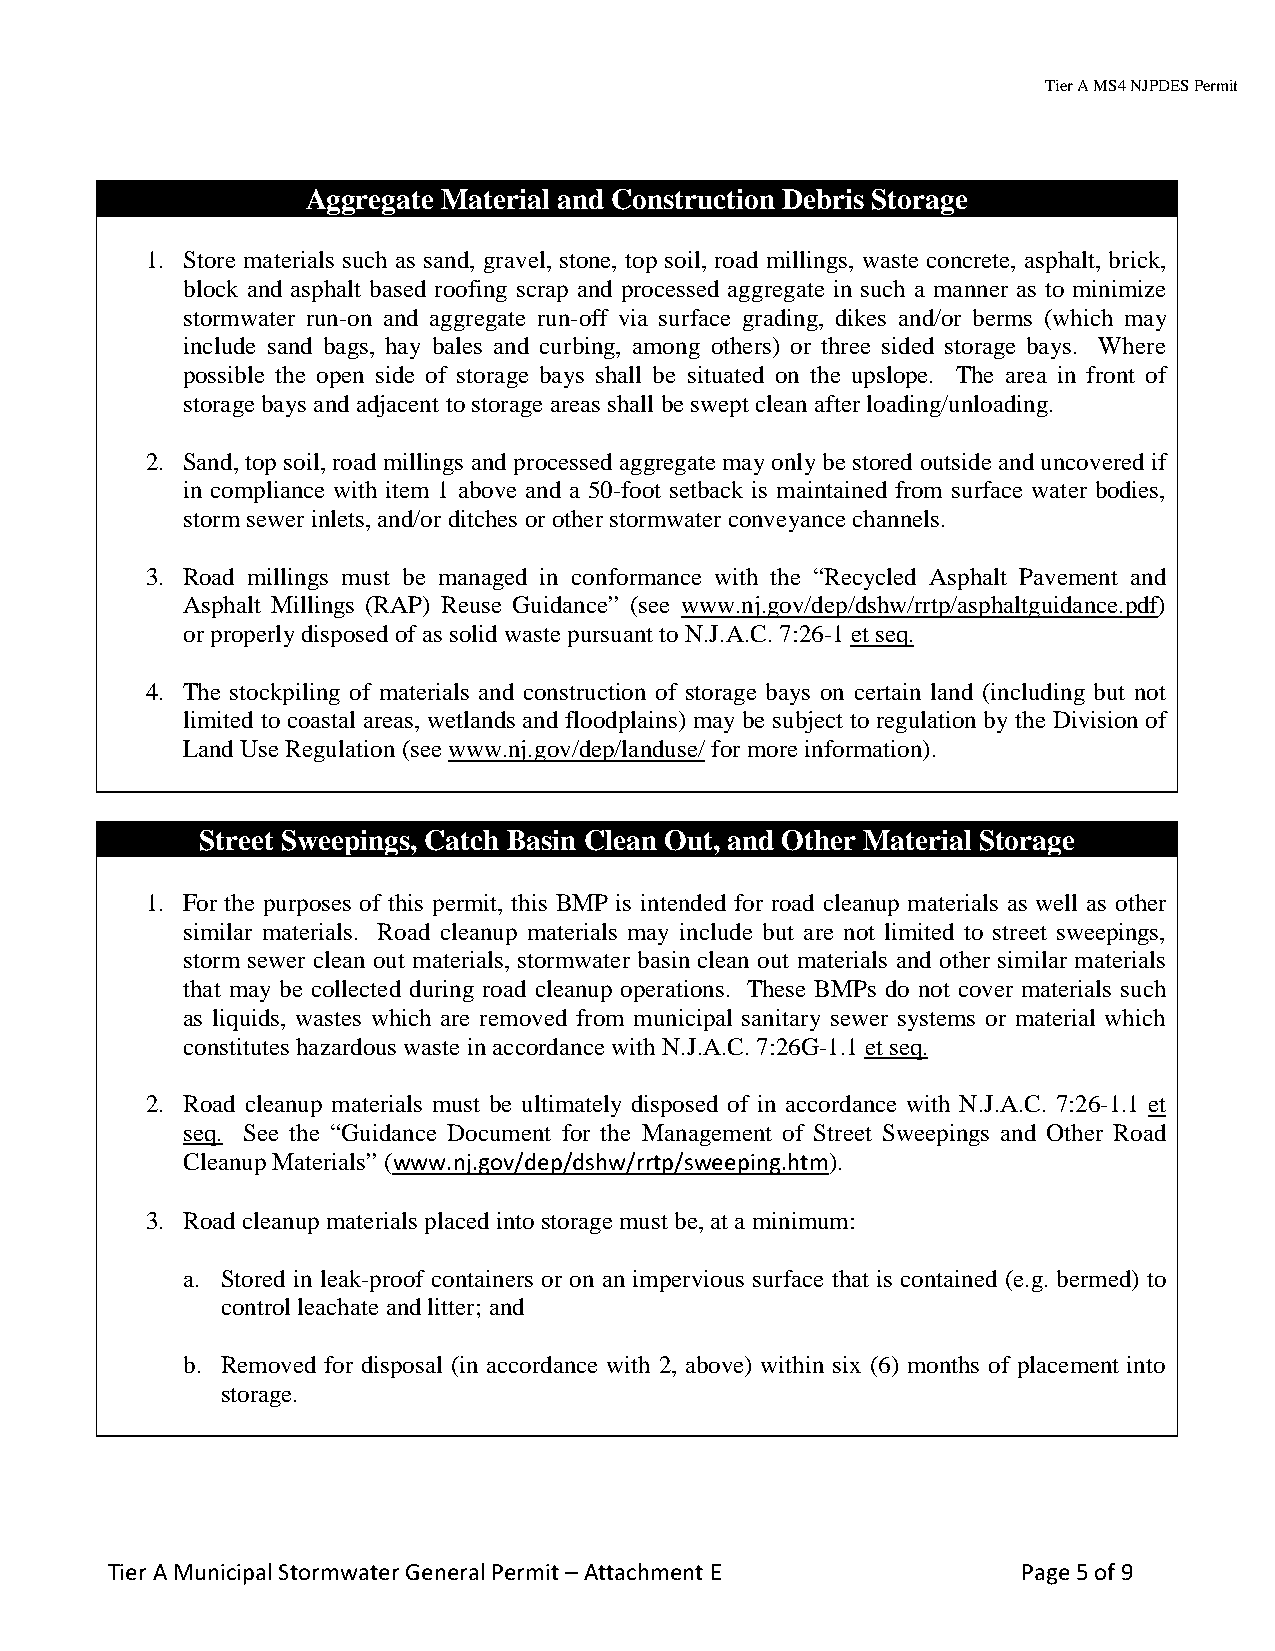
Tier A MS4 NJPDES Permit
 Aggregate Material and Construction Debris Storage
 1. Store materials such as sand, gravel, stone, top soil, road millings, waste concrete, asphalt, brick,
 block and asphalt based roofing scrap and processed aggregate in such a manner as to minimize
 stormwater run-on and aggregate run-off via surface grading, dikes and/or berms (which may
 include sand bags, hay bales and curbing, among others) or three sided storage bays. Where
 possible the open side of storage bays shall be situated on the upslope. The area in front of
 storage bays and adjacent to storage areas shall be swept clean after loading/unloading.
 2. Sand, top soil, road millings and processed aggregate may only be stored outside and uncovered if
 in compliance with item 1 above and a 50-foot setback is maintained from surface water bodies,
 storm sewer inlets, and/or ditches or other stormwater conveyance channels.
 3. Road millings must be managed in conformance with the “Recycled Asphalt Pavement and
 Asphalt Millings (RAP) Reuse Guidance” (see www.nj.gov/dep/dshw/rrtp/asphaltguidance.pdf)
 or properly disposed of as solid waste pursuant to N.J.A.C. 7:26-1 et seq.
 4. The stockpiling of materials and construction of storage bays on certain land (including but not
 limited to coastal areas, wetlands and floodplains) may be subject to regulation by the Division of
 Land Use Regulation (see www.nj.gov/dep/landuse/ for more information).
 Street Sweepings, Catch Basin Clean Out, and Other Material Storage
 1. For the purposes of this permit, this BMP is intended for road cleanup materials as well as other
 similar materials. Road cleanup materials may include but are not limited to street sweepings,
 storm sewer clean out materials, stormwater basin clean out materials and other similar materials
 that may be collected during road cleanup operations. These BMPs do not cover materials such
 as liquids, wastes which are removed from municipal sanitary sewer systems or material which
 constitutes hazardous waste in accordance with N.J.A.C. 7:26G-1.1 et seq.
 2. Road cleanup materials must be ultimately disposed of in accordance with N.J.A.C. 7:26-1.1 et
 seq. See the “Guidance Document for the Management of Street Sweepings and Other Road
 Cleanup Materials” (www.nj.gov/dep/dshw/rrtp/sweeping.htm).
 3. Road cleanup materials placed into storage must be, at a minimum:
 a. Stored in leak-proof containers or on an impervious surface that is contained (e.g. bermed) to
 control leachate and litter; and
 b. Removed for disposal (in accordance with 2, above) within six (6) months of placement into
 storage.
 Tier A Municipal Stormwater General Permit – Attachment E    Page 5 of 9